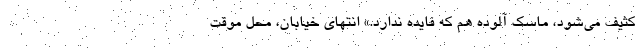
کثیف می‌شود، ماسک آلوده هم که فایده ندارد.» انتهای خیابان، محل موقت